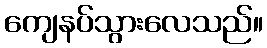
ကျေနပ်သွားလေသည်။